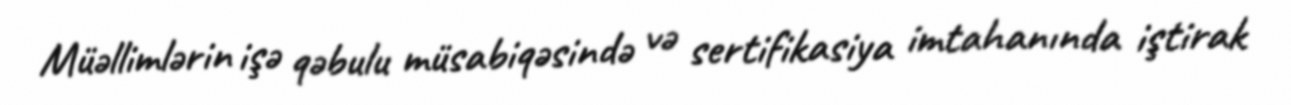
Müəllimlərin işə qəbulu müsabiqəsində və sertifikasiya imtahanında iştirak